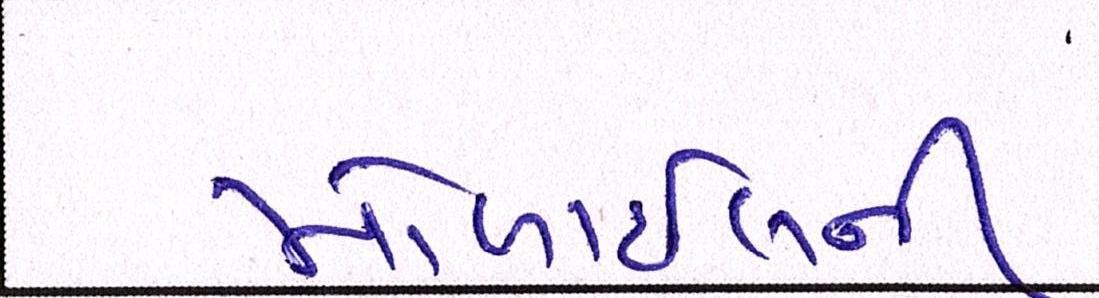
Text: મોબાઈલની